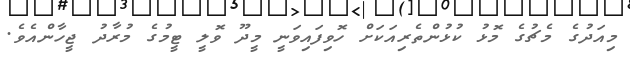
މިއަދުގެ މެޗުގެ މޮޅު ކުޅުންތެރިއަކަށް ހޮވިފައިވަނީ މީދޫ ވޮލީ ޓީމުގެ މުރާދު ޖީހާންއެވެ.